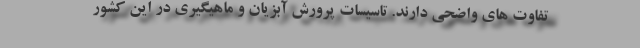
تفاوت های واضحی دارند. تاسیسات پرورش آبزیان و ماهیگیری در این کشور